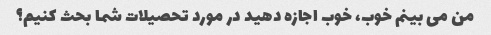
من می بینم خوب، خوب اجازه دهید در مورد تحصیلات شما بحث کنیم؟